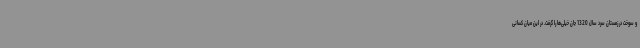
و سوخت در زمستان سرد سال 1320 جان خیلی‌ها را گرفت. در این میان کسانی